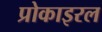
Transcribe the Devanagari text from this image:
प्रोकाइरल